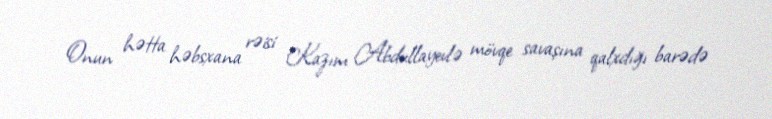
Onun hətta həbsxana rəisi Kazım Abdullayevlə mövqe savaşına qalxdığı barədə